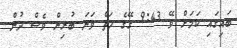
ބައިގައި ކަމަށް ވޭ 9:43 ގޭގެ ހަތް ވަނަ ބުރިން ވެސް ދުން